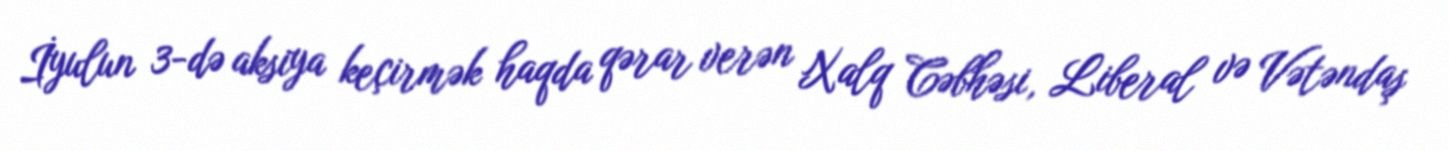
İyulun 3-də aksiya keçirmək haqda qərar verən Xalq Cəbhəsi, Liberal və Vətəndaş